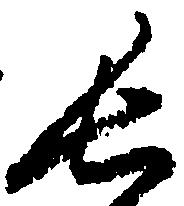
長